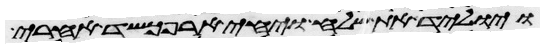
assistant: ויוליד את שלח ויחי ארפכשד אחרי